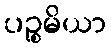
ပဉ္စမိယာ